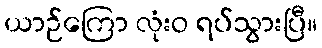
ယာဉ်ကြော လုံးဝ ရပ်သွားပြီ။